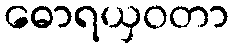
ဓောရယှဝတာ